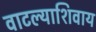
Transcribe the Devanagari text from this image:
वाटल्याशिवाय